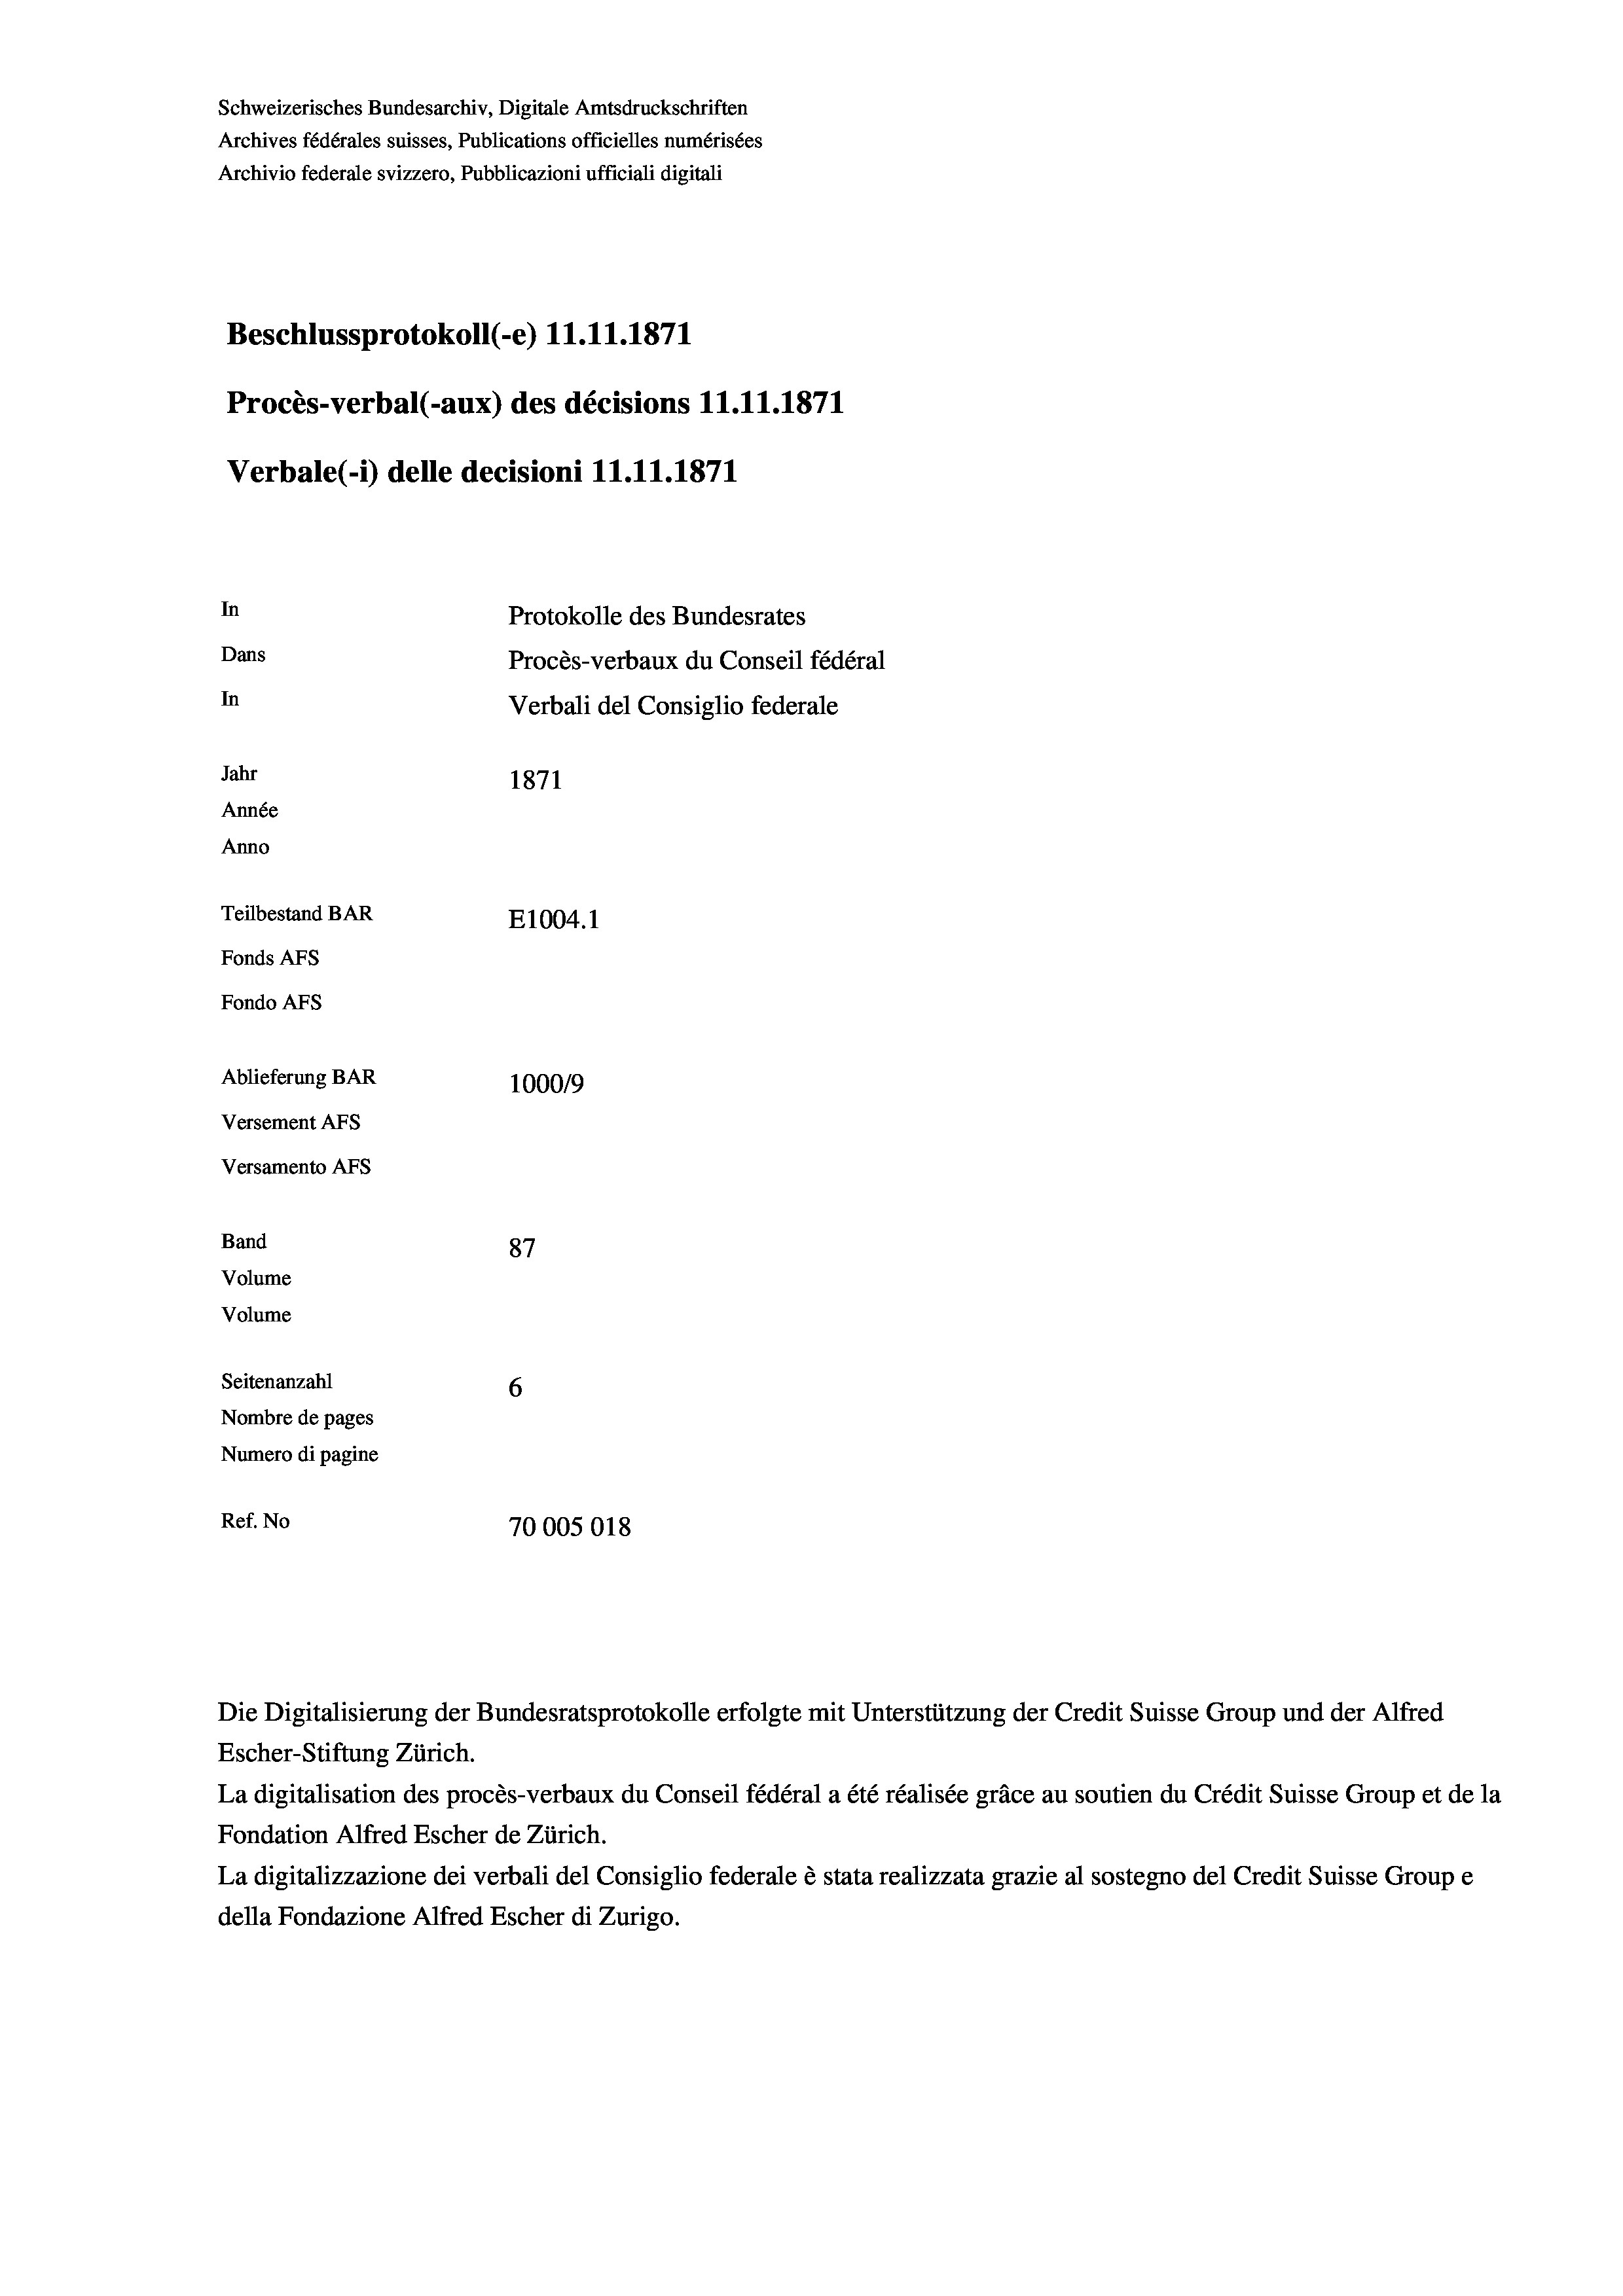
Schweizerisches Bundesarchiv, Digitale Amtsdruckschriften
Archives fédérales suisses, Publications officielles numérisées
Archivio federale svizzero, Pubblicazioni ufficiali digitali
Beschlussprotokoll (-e) 11.11.1871
Procès-verbal (-aux) des décisions 11.11.1871
Verbale (- 1) delle decisioni 11.11.1871
In
Protokolle des Bundesrates
Dans
Procès-verbaux du Conseil fédéral
In
Verbali del Consiglio federale
Jahr
1871
Année
Anno
Teilbestand BAR
E1004.1
Fonds AFs
Fondo AFs
Ablieferung BAR
100019
Versement AFS
Versamento Afs
Band
87
Volume
Volume

Seitenanzahl
6
Nombre de pages
Numero di pagine
Ref. No
70005018

Die Digitalisierung der Bundesratsprotokolle erfolgte mit Unterstützung der Credit Suisse Group und der Alfred
Escher-Stiftung Zürich.
La digitalisation des procès-verbaux du Conseil fédéral a été réalisée gräce au soutien du Crédit Suisse Group et de la
Fondation Alfred Escher de Zürich.
La digitalizzazione dei verbali del Consiglio federale è stata realizzata grazie al sostegno del Credit Suisse Groupe
della Fondazione Alfred Escher di Zurigo.